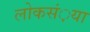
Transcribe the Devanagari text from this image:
लोकसं़या